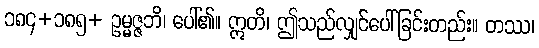
၁၈၄+၁၈၅+ ဥမ္မဇ္ဇဘိ၊ ပေါ်၏။ ဣတိ၊ ဤသည်လျှင်ပေါ်ခြင်းတည်း။ တဿ၊